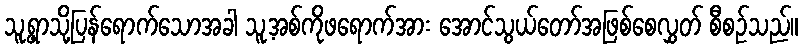
သူ့ရွာသို့ပြန်ရောက်သောအခါ သူ့အစ်ကိုဖရောက်အား အောင်သွယ်တော်အဖြစ်စေလွှတ် စီစဉ်သည်။